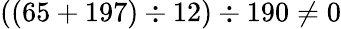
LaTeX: ((65+197)\div 12)\div 190\neq 0